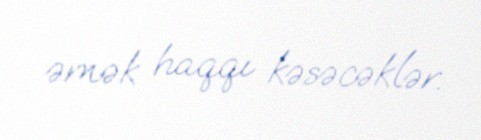
əmək haqqı kəsəcəklər.